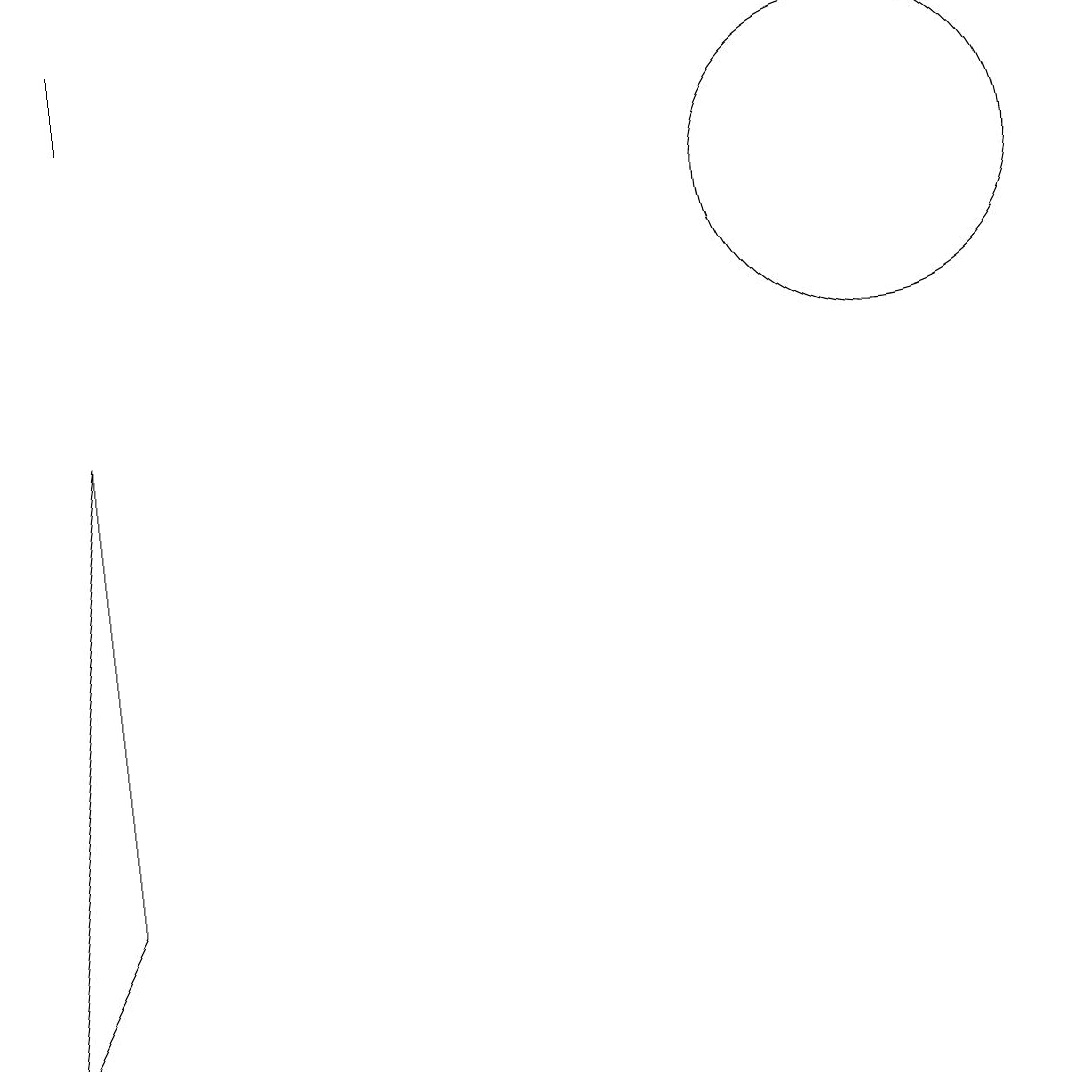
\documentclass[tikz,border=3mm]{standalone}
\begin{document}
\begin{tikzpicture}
\draw (2,13) rectangle (2,12);
\draw (12,11) circle (2);
\draw (2,8) -- (2,2) -- (1,0) -- cycle;
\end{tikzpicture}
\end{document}